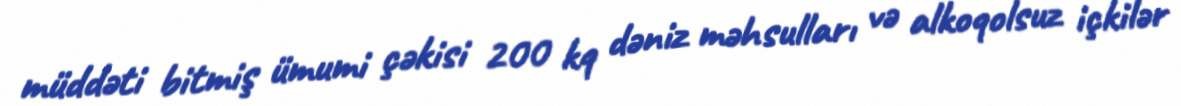
müddəti bitmiş ümumi çəkisi 200 kq dəniz məhsulları və alkoqolsuz içkilər